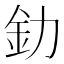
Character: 釛